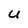
Character: U